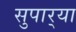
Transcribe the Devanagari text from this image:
सुपार्‍या